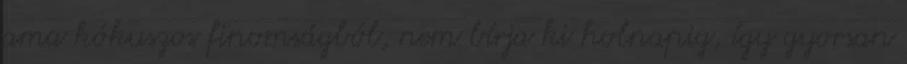
ama kókuszos finomságból, nem bírja ki holnapig, így gyorsan